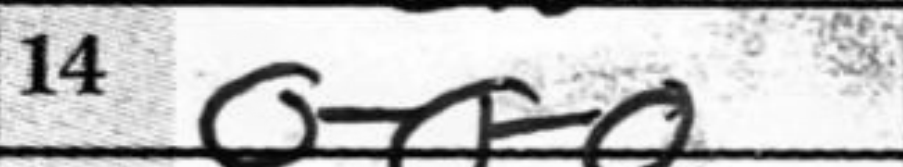
Transcription: O-O-O